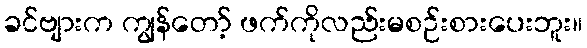
ခင်ဗျားက ကျွန်တော့် ဖက်ကိုလည်းမစဉ်းစားပေးဘူး။